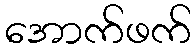
အောက်ဖက်